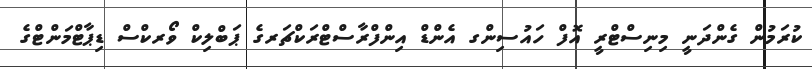
ކުރަމުން ގެންދަނީ މިނިސްޓްރީ އޮފް ހައުސިންގ އެންޑް އިންފްރާސްޓްރަކްޗަރގެ ޕަބްލިކް ވޯރކްސް ޑިޕާޓްމަންޓްގެ